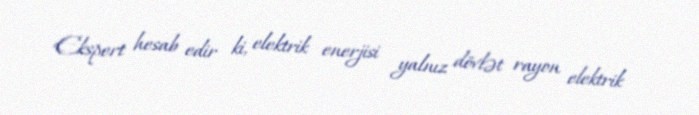
Ekspert hesab edir ki, elektrik enerjisi yalnız dövlət rayon elektrik